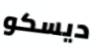
ديسكو